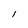
Character: l